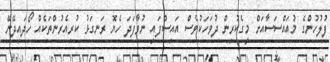
ފުލުހުންގެ މުއައްސަސާއަށް މީގެކުރިން ދުވަހަކުވެސް އައިސްފައި ނުވާފަދަ ހެޔޮ ރަނގަޅު ކުރިއެރުންތަކެއް ހޯދައިދޭނޭ